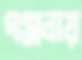
গঞ্জনায়